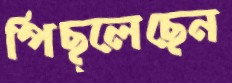
পিছ্‌লেছেন